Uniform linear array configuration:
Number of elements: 16
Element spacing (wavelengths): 1
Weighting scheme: binomial
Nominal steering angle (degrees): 15
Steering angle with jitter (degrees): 13.637
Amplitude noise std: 0.05
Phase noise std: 0.05

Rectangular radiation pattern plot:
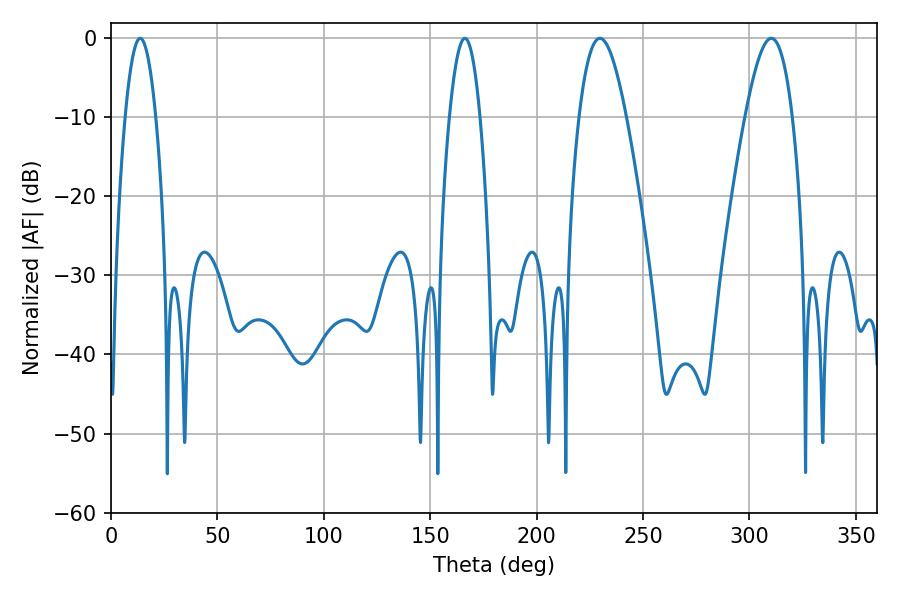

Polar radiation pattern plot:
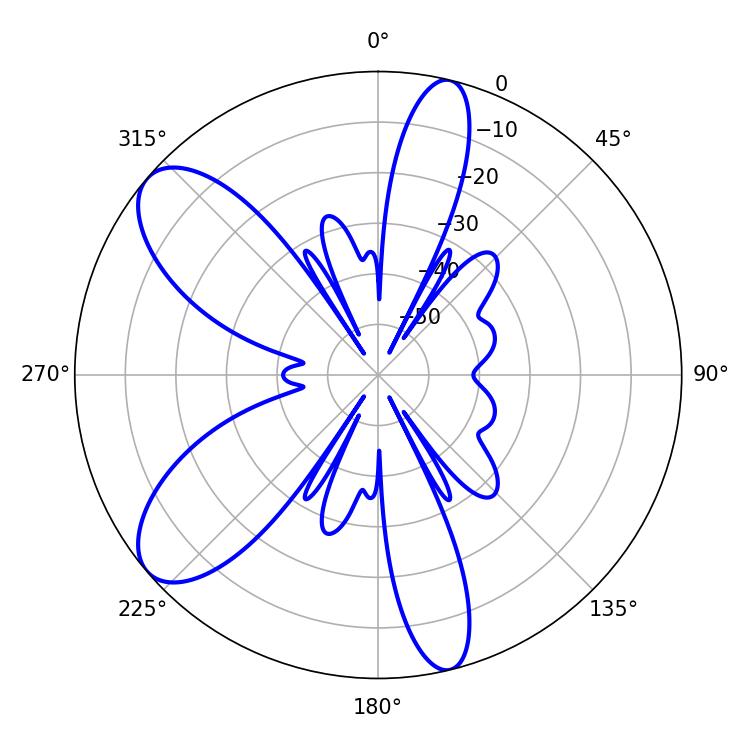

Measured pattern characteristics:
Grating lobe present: TRUE
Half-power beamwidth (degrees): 12.06
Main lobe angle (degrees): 229.68